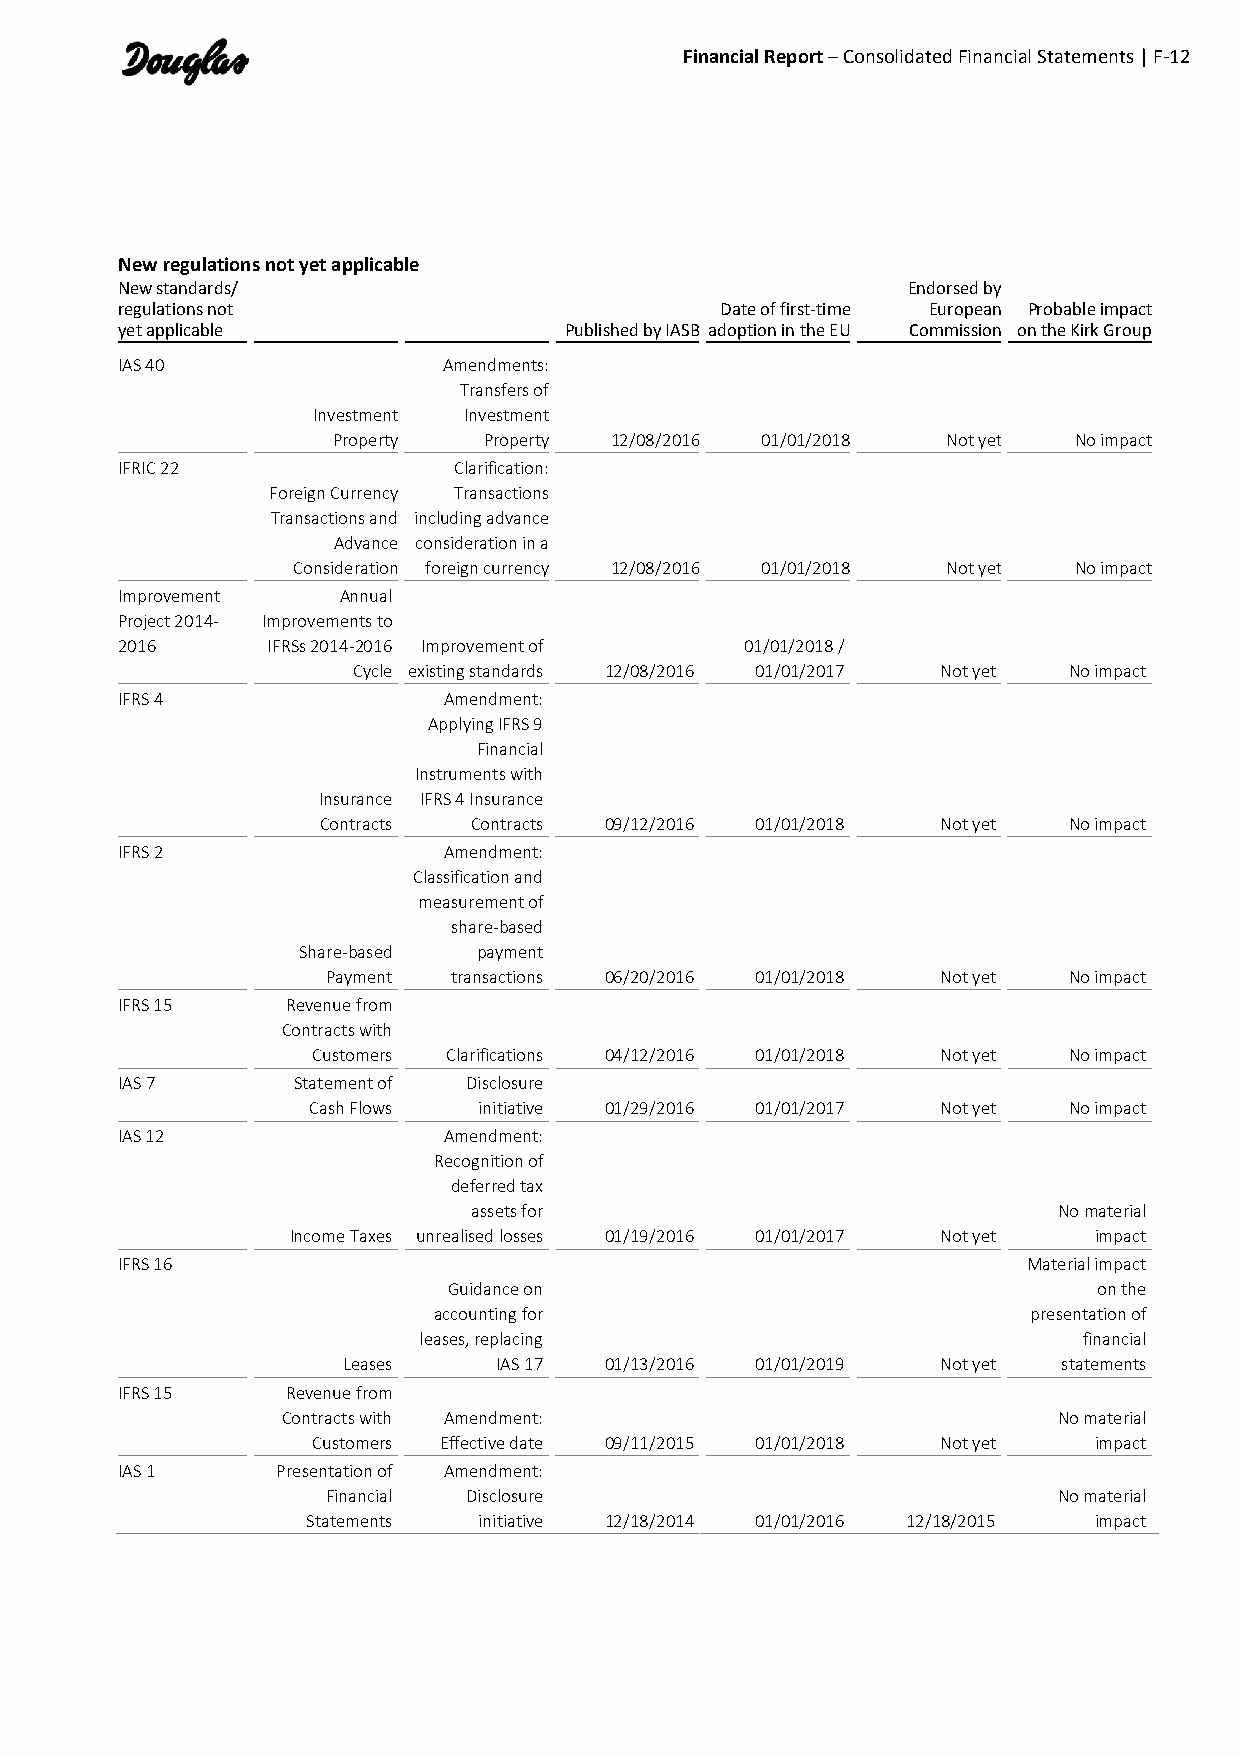
Financial Report – Consolidated Financial Statements | F-12
 New regulations not yet applicable
 New standards/                                      Endorsed by
 regulations not                         Date of first-time European Probable impact
 yet applicable               Published by IASB adoption in the EU Commission on the Kirk Group
 IAS 40               Amendments:
 Transfers of
 Investment Investment
 Property  Property 12/08/2016 01/01/2018 Not yet No impact
 IFRIC 22              Clarification:
 Foreign Currency Transactions
 Transactions and including advance
 Advance consideration in a
 Consideration foreign currency 12/08/2016 01/01/2018 Not yet No impact
 Improvement   Annual
 Project 2014- Improvements to
 2016      IFRSs 2014-2016 Improvement of 01/01/2018 /
 Cycle existing standards 12/08/2016 01/01/2017 Not yet No impact
 IFRS 4               Amendment:
 Applying IFRS 9
 Financial
 Instruments with
 Insurance IFRS 4 Insurance
 Contracts Contracts 09/12/2016 01/01/2018 Not yet No impact
 IFRS 2               Amendment:
 Classification and
 measurement of
 share-based
 Share-based payment
 Payment transactions 06/20/2016 01/01/2018 Not yet No impact
 IFRS 15    Revenue from
 Contracts with
 Customers Clarifications 04/12/2016 01/01/2018 Not yet No impact
 IAS 7      Statement of Disclosure
 Cash Flows  initiative 01/29/2016 01/01/2017 Not yet No impact
 IAS 12               Amendment:
 Recognition of
 deferred tax
 assets for                             No material
 Income Taxes unrealised losses 01/19/2016 01/01/2017 Not yet impact
 IFRS 16                                                     Material impact
 Guidance on                                on the
 accounting for                         presentation of
 leases, replacing                           financial
 Leases    IAS 17 01/13/2016 01/01/2019 Not yet statements
 IFRS 15    Revenue from
 Contracts with Amendment:                          No material
 Customers Effective date 09/11/2015 01/01/2018 Not yet impact
 IAS 1     Presentation of Amendment:
 Financial Disclosure                            No material
 Statements  initiative 12/18/2014 01/01/2016 12/18/2015 impact